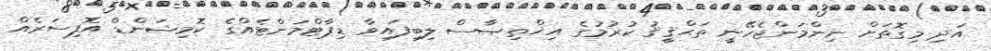
އަދި މިގޮތަށް ނިންމަންޖެހޭނީ ތަޙްޤީޤު ކުރުމުގެ އިޚްތިޞާސް ލިބިފައިވާ ޑިޕާޓްމަންޓެއްގެ ކޮމިޝަންޑް އޮފިސަރެއް